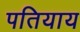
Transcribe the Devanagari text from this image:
पतियाय